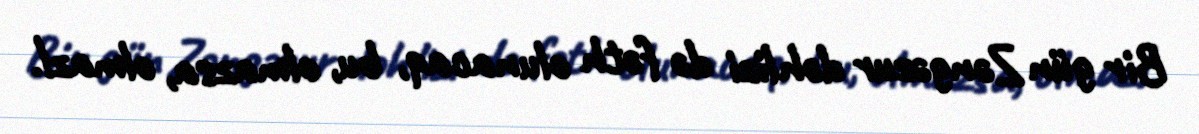
Bir gün Zəngəzur dəhlizi də fəth olunacaq, bu, olmazsa, olmaz!.